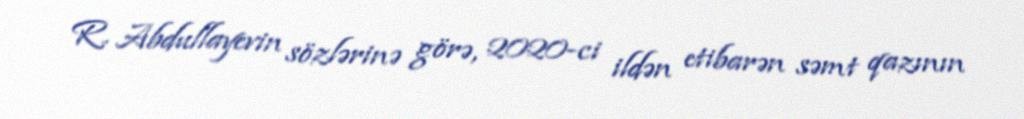
R. Abdullayevin sözlərinə görə, 2020-ci ildən etibarən səmt qazının